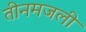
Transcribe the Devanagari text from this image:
तीनमजली